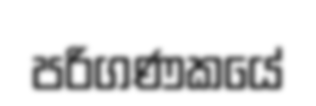
පරිගණකයේ